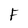
Character: F